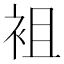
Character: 袓